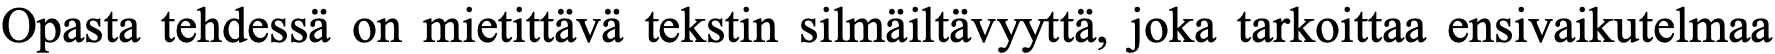
Opasta tehdessä on mietittävä tekstin silmäiltävyyttä, joka tarkoittaa ensivaikutelmaa